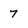
Character: 7